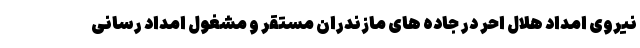
نیروی امداد هلال احر در جاده های مازندران مستقر و مشغول امداد رسانی